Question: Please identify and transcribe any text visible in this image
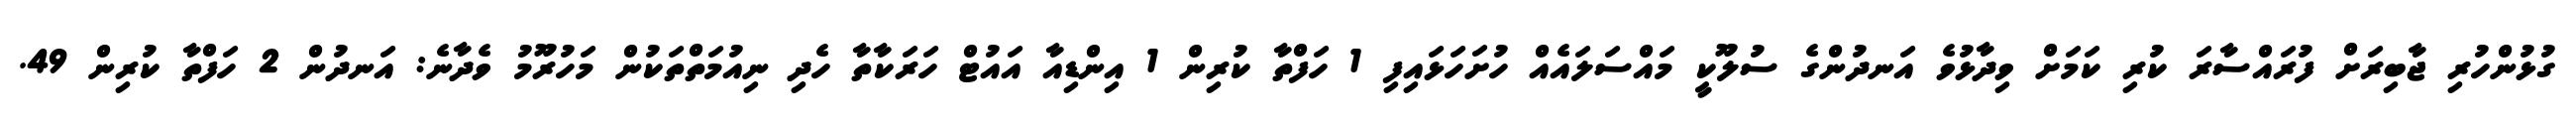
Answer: ގުޅުންހުރި ޖާބިރަށް ފުރައްސާރަ ކުރި ކަމަށް ވިދާޅުވެ އަނދުންގެ ސުލޫކީ މައްސަލައެއް ހުށަހަޅައިފި 1 ހަފްތާ ކުރިން 1 އިންޑިއާ އައުޓް ހަރަކާތާ ހެދި ނިއުމަތްތަކުން މަހުރޫމު ވެދާނެ: އަނދުން 2 ހަފްތާ ކުރިން 49.